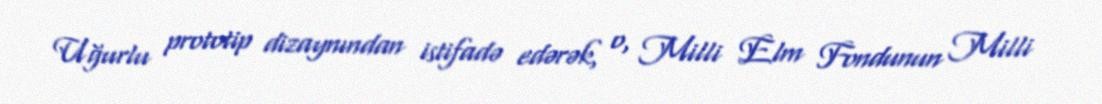
Uğurlu prototip dizaynından istifadə edərək, o, Milli Elm Fondunun Milli